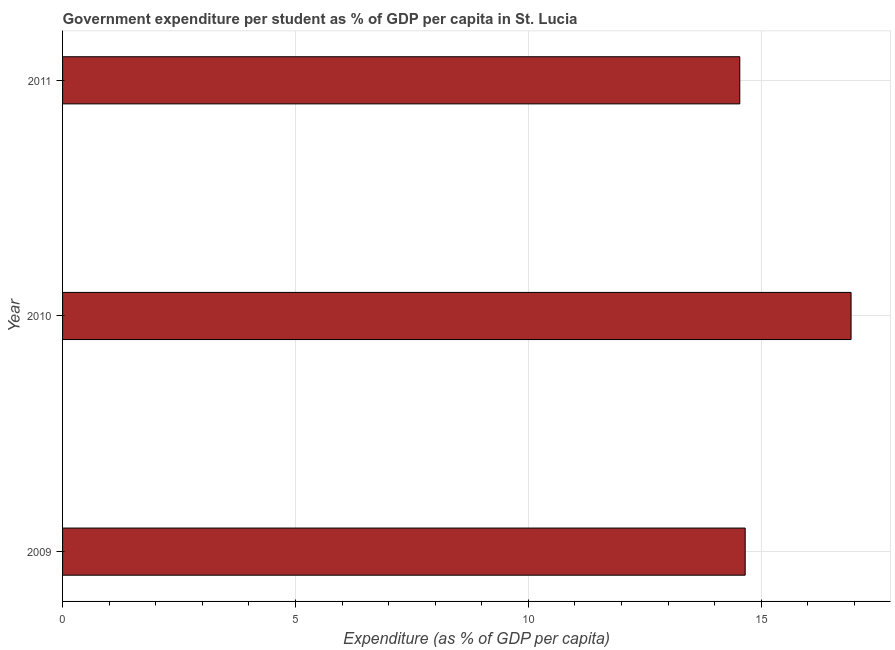
| Year | Government expenditure per tertiary student |
 | --- | --- |
 | 2009 | 14.7 |
 | 2010 | 16.9 |
 | 2011 | 14.5 |